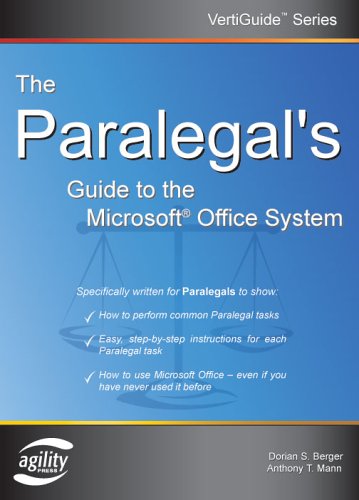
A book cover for The Paralegal's Guide To The Microsoft Office System (Vertiguide); Dorian S. Berger; Law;